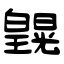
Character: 皩